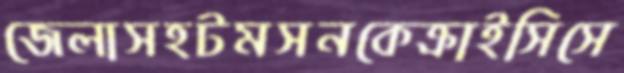
জেলাসহটমসনকেক্রাইসিসে